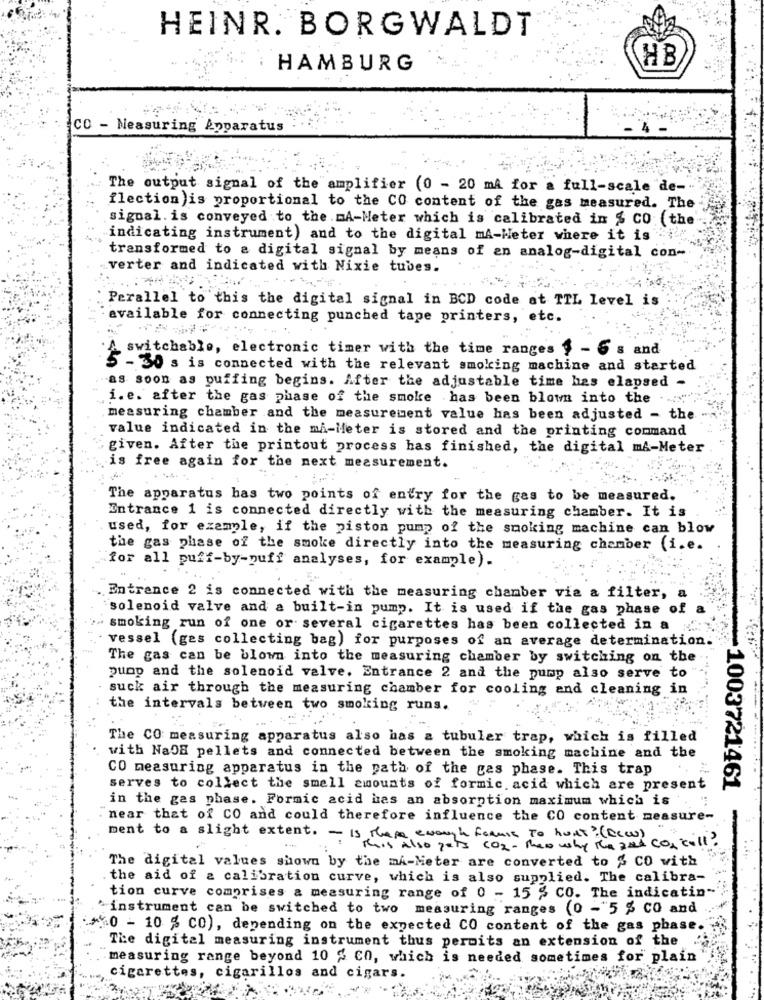
HEINR. BORGWALDT
HB
HAMBURG
CO - Measuring Apparatus
The output signal of the amplifier (0 - 20 mA for a full-scale "de-
flection )is proportional to the CO content of the gas measured. The
signal. is conveyed to the mA-Meter which is calibrated in % CO (the'
indicating instrument) and to the digital mA-Heter where it is
transformed to a digital signal by means of an analog-digital con-
verter and indicated with Nixie tubes.
Parallel to this the digital signal in BCD code at TIL level is
available for connecting punched tape printers, etc.
switchable, electronic timer with the time ranges 1 - 6 s and
5 -30 s is connected with the relevant smoking machine and started
as soon as puffing begins. After the adjustable time has elapsed -
i.e. after the gas phase of the smoke .has been blown into the
measuring chamber and the measurement value has been adjusted - the
value indicated in the mi-Heter is stored and the printing command
given. After the printout process has finished, the digital mA-Meter
is free again for the next measurement.
The apparatus has two points of entry for the gas to be measured.
Entrance 1 is connected directly with the measuring chamber. It is
used, for example, if the piston pump of the smoking machine can blow
the gas phase of the smoke directly into the measuring chamber (i.e.
for all puff-by-puff analyses, for example).
Entrance 2 is connected with the measuring chamber via a filter, a
solenoid valve and a built-in pump. It is used if the gas phase of
smoking run of one or several cigarettes has been collected in a
vessel (ges collecting bag) for purposes of an average determination.
The gas can be blown into the measuring chamber by switching on the
pump and the solenoid valve. Entrance 2 and the pump also serve to
suck air through the measuring chamber for cooling and cleaning in
the intervals between two smoking runs.
The CO measuring apparatus also has a tubuler trap, which is filled
with NaOH pellets and connected between the smoking machine and the
CO measuring apparatus in the path of the gas phase. This trap
serves to collect the small amounts of formic acid which are present
.: 1003721461
in the gas phase. Formic acid has an absorption maximum which is
near that of CO and could therefore influence the CO content measure-
ment to a slight extent. - is these enough formis to hunt? (Dew).
This Also pets CO2 - theo why the and con call ?
The digital values shown by the ma-Meter are converted to & CO with
the aid of a calibration curve, which is also supplied. The calibra-
tion curve comprises a measuring range of 0 - 15 % CO. The indicatin-
instrument can be switched to two measuring ranges (0 -"5 % CO and
0 - 10 % CO), depending on the expected CO content of the gas phase.
The digital measuring instrument thus permits an extension of the
measuring range beyond 10 % Ch, which is needed sometimes for plain
cigarettes, cigarillos and cigars.